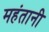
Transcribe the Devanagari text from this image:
महंतानी